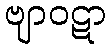
ဗျာဝဋာ